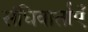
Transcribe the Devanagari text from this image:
संधिवार्ताएँ